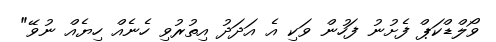
ވޯލްޑްކަޕް ފެށުނު ފަހުން ވަކި އެ އަދަދު އިތުރުވި ހެނެއް ހިޔެއް ނުވޭ"